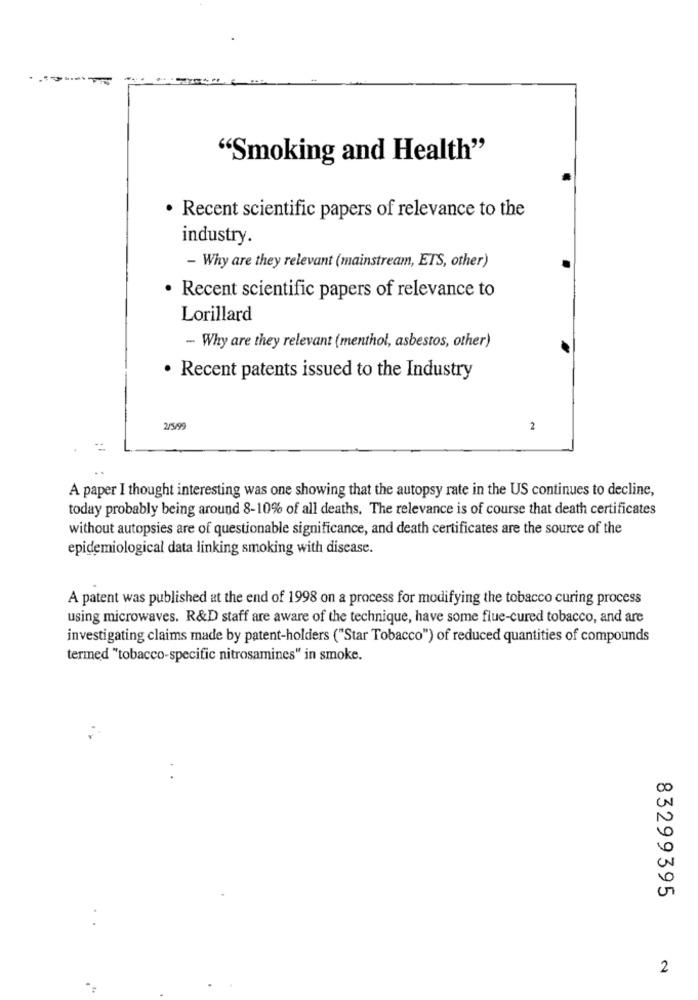
:--
"Smoking and Health"
. Recent scientific papers of relevance to the
industry.
- Why are they relevant (mainstream, ETS, other)
· Recent scientific papers of relevance to
Lorillard
- Why are they relevant (menthol, asbestos, other)
Recent patents issued to the Industry
2/5/99
2
A paper I thought interesting was one showing that the autopsy rate in the US continues to decline,
today probably being around 8-10% of all deaths. The relevance is of course that death certificates
without autopsies are of questionable significance, and death certificates are the source of the
epidemiological data linking smoking with disease.
A patent was published at the end of 1998 on a process for modifying the tobacco curing process
using microwaves. R&D staff are aware of the technique, have some flue-cured tobacco, and are
investigating claims made by patent-holders ("Star Tobacco") of reduced quantities of compounds
termed "tobacco-specific nitrosamines" in smoke.
83299395
2